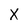
Character: X